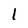
Character: 1